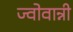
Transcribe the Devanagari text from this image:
ज्वोवान्नी